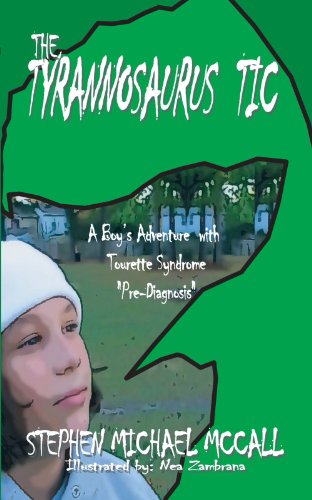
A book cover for The Tyrannosaurus Tic: A Boy's Adventure with Tourette Syndrome; Stephen Michael McCall; Health, Fitness & Dieting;